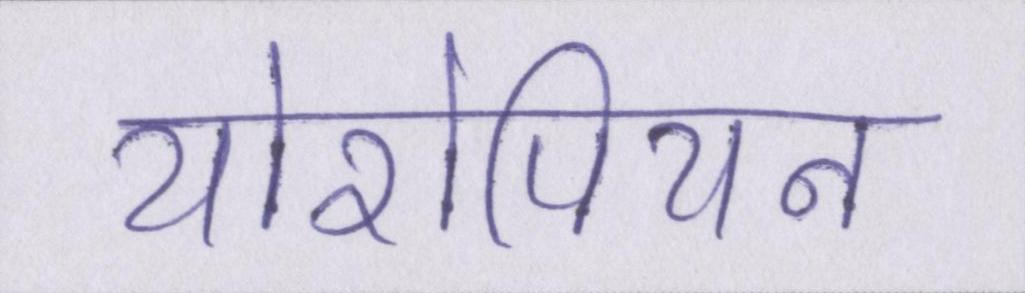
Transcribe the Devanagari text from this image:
योरोपियन